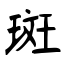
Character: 斑